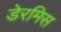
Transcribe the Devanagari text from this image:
डेरमिस